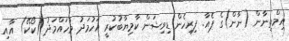
އިމްތިނާން (ނާން)ގެ ޕެއާ. ފިރިހެން ޑިވިޝަން ކާމިޔާބުކުރީ އަހުމަދު މުހައްމަދު (ކޯކޭ) އާއި